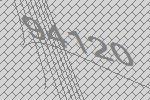
94120